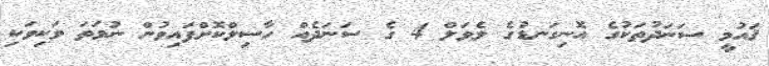
ޤައުމީ ސަނަދުތަކުގެ އޮނިގަނޑުގެ ލެވަލް 4 ގެ ސަނަދެއް ހާސިލްކޮށްފައިވުން ނުވަތަ ވަކިވަކި